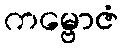
ကမ္ဗောဇံ